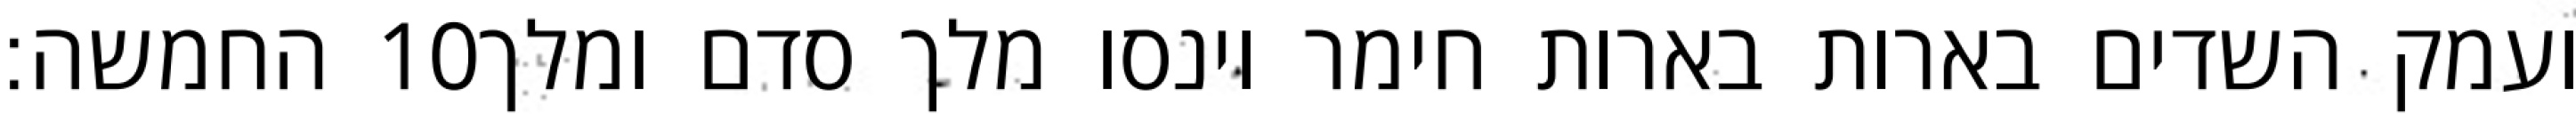
החמשה׃ ‎10‏ ועמק השדים בארות בארות חימר וינסו מלך סדם ומלך